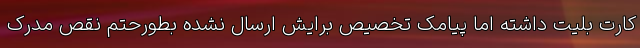
کارت بلیت داشته اما پیامک تخصیص برایش ارسال نشده بطورحتم نقص مدرک